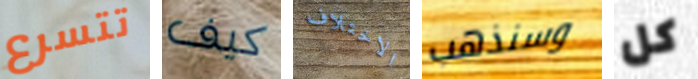
تتسرع كيف الاختلاف وسنذهب كل